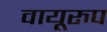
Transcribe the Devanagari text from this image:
वायूरुप